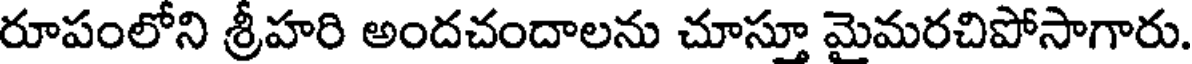
రూపంలోని శ్రీహరి అందచందాలను చూస్తూ మైమరచిపోసాగారు